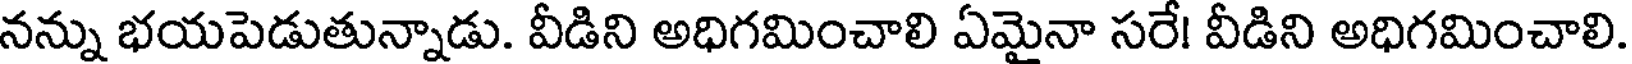
నన్ను భయపెడుతున్నాడు. వీడిని అధిగమించాలి ఏమైనా సరే! వీడిని అధిగమించాలి